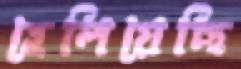
হেলিয়েছি